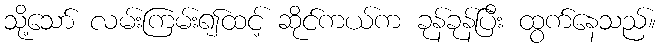
သို့သော် လမ်းကြမ်း၍ထင့် ဆိုင်ကယ်က ခုန်ခုန်ပြီး ထွက်နေသည်။